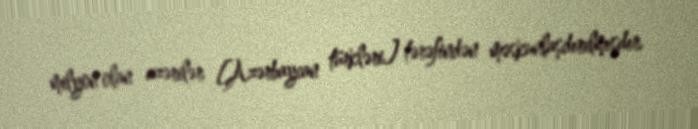
milyon olan azərilər [Azərbaycan türkləri] tərəfindən məskunlaşdırılmışdır.